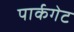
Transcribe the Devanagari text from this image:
पार्कगेट